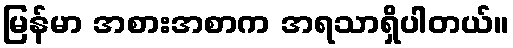
မြန်မာ အစားအစာက အရသာရှိပါတယ်။